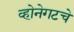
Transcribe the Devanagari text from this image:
व्होनेगटचे